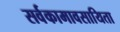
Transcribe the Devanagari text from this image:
सर्वकामावसायिता